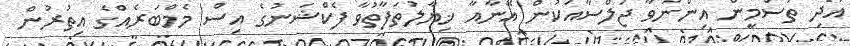
އަދި ތަސްމީން އިންނަވާ ޖަލްސާއަކުން އޭނާއާ ޚިޔާލުތަފާތުވާ ފެކްޝަނުގެ އިސް މެމްބަރެއްގެ އިތުރުން